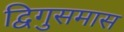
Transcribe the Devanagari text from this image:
द्विगुसमास